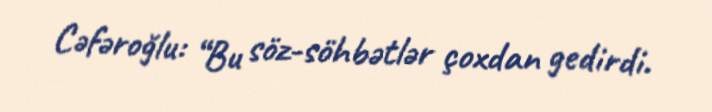
Cəfəroğlu: “Bu söz-söhbətlər çoxdan gedirdi.